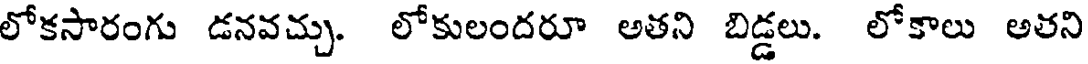
లోకసారంగు డనవచ్చు. లోకులందరూ అతని బిడ్డలు. లోకాలు అతని